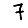
Digit: 7